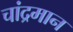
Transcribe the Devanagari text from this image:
चांद्रमान